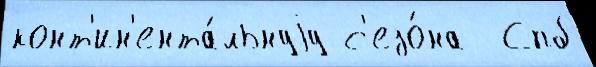
конт'ин'ента́льнуjу с'езо́на  Спб